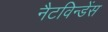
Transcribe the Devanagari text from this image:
नैटविन्डेंस